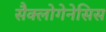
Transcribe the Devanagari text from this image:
सैक्लोगेनेसिस